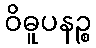
ဝိဓူပနဉ္စ